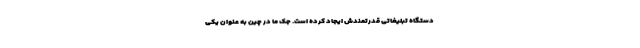
دستگاه تبلیغاتی قدرتمندش ایجاد کرده است. جک ما در چین به عنوان یکی